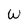
Character: W